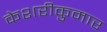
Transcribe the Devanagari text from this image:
केशरीकुमार